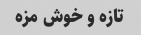
تازه و خوش مزه